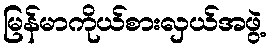
မြန်မာကိုယ်စားလှယ်အဖွဲ့